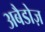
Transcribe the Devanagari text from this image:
अबैडोज़